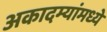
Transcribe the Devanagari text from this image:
अकादम्यांमध्ये